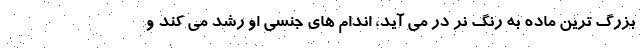
بزرگ ترین ماده به رنگ نر در می آید، اندام های جنسی او رشد می کند و